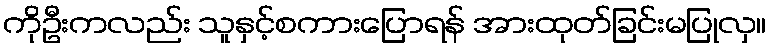
ကိုဦးကလည်း သူနှင့်စကားပြောရန် အားထုတ်ခြင်းမပြုလှ။